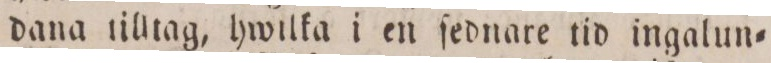
dana tilltag, hwilka i en ſednare tid ingalun=